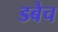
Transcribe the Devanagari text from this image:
डबेच